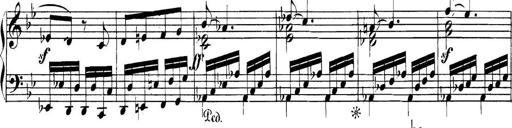
Title: Collected Piano Sonatas
Composer: Muzio Clementi